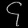
Digit: ၄